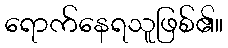
ရောက်နေရသူဖြစ်၏။